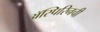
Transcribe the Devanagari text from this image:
ॲस्पिरिनची